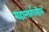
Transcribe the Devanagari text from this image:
महामार्गवरील